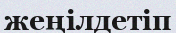
жеңілдетіп